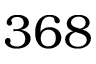
3 6 8